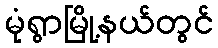
မုံရွာမြို့နယ်တွင်